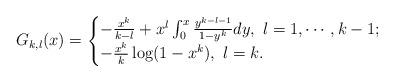
LaTeX: \begin{align*}G_{k,l}(x)=\begin{cases} -\frac{x^k}{k-l}+x^l\int_0^x\frac{y^{k-l-1}}{1-y^k}dy,\ l=1,\cdots, k-1;\\-\frac{x^k}k\log(1-x^k),\ l=k.\end{cases}\end{align*}